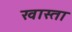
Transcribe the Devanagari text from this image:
खास्ता